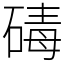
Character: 碡